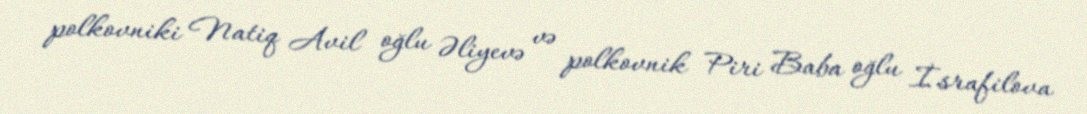
polkovniki Natiq Avil oğlu Əliyevə və polkovnik Piri Baba oğlu İsrafilova